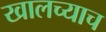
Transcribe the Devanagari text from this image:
खालच्याच